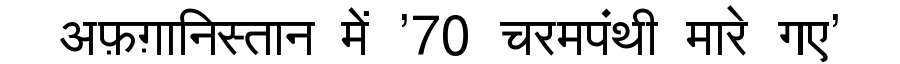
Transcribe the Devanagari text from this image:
अफ़ग़ानिस्तान में '70 चरमपंथी मारे गए'